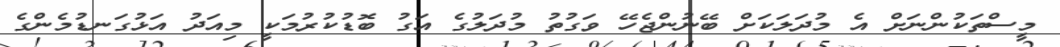
މީސްތަކުންނަށް އެ މުދަލަކަށް ބޭނުންޖެހޭ ވަގުތު މުދަލުގެ އަގު ބޮޑުކުރުމަކީ މިއަދު އަޅުގަނޑުމެންގެ